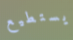
يستطيع